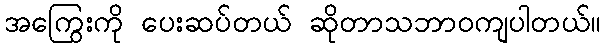
အကြွေးကို ပေးဆပ်တယ် ဆိုတာသဘာဝကျပါတယ်။